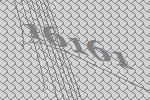
16161